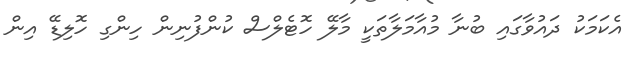
އެކަމަކު ދައުވާގައި ބުނާ މުއާމަލާތަކީ މާލޭ ހޮޓެލްސް ކުންފުނިން ހިންގި ހޮލިޑޭ އިން